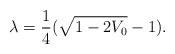
LaTeX: \begin{align*}\lambda = {1 \over 4} ( \sqrt{1 - 2 V_0} - 1 ).\end{align*}